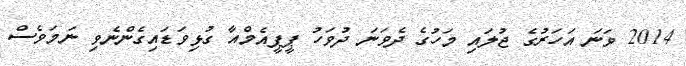
2014 ވަނަ އަހަރުގެ ޖުލައި މަހުގެ ދެވަނަ ދުވަހު ޕީޕީއެމްއާ ގުޅިވަޑައިގެންނެވި ނަމަވެސް